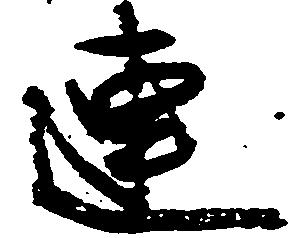
連